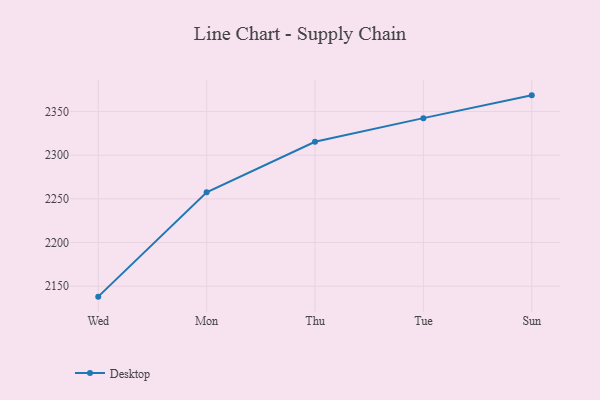
{"axis": {"x": "Day", "y": "Humidity (%)"}, "legend": ["Desktop"], "data": [{"x": "Wed", "y": 2138.0, "type": "Desktop"}, {"x": "Mon", "y": 2257.5, "type": "Desktop"}, {"x": "Thu", "y": 2315.4, "type": "Desktop"}, {"x": "Tue", "y": 2342.5, "type": "Desktop"}, {"x": "Sun", "y": 2368.6, "type": "Desktop"}]}